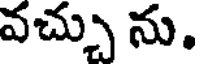
వచ్చు ను.